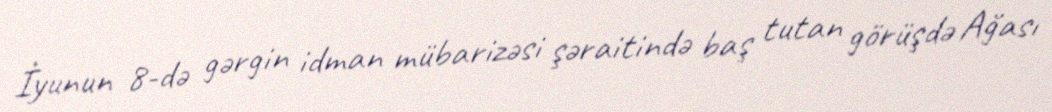
İyunun 8-də gərgin idman mübarizəsi şəraitində baş tutan görüşdə Ağası